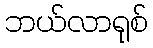
ဘယ်လာရုစ်